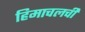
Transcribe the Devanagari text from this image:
हिमाचलची